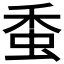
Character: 𧉷